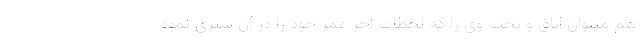
هم میتوان اتاق و تخت وی را که لحظات آخر عمر خود را در آن سپری نمود